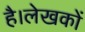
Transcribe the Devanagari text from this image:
है।लेखकों